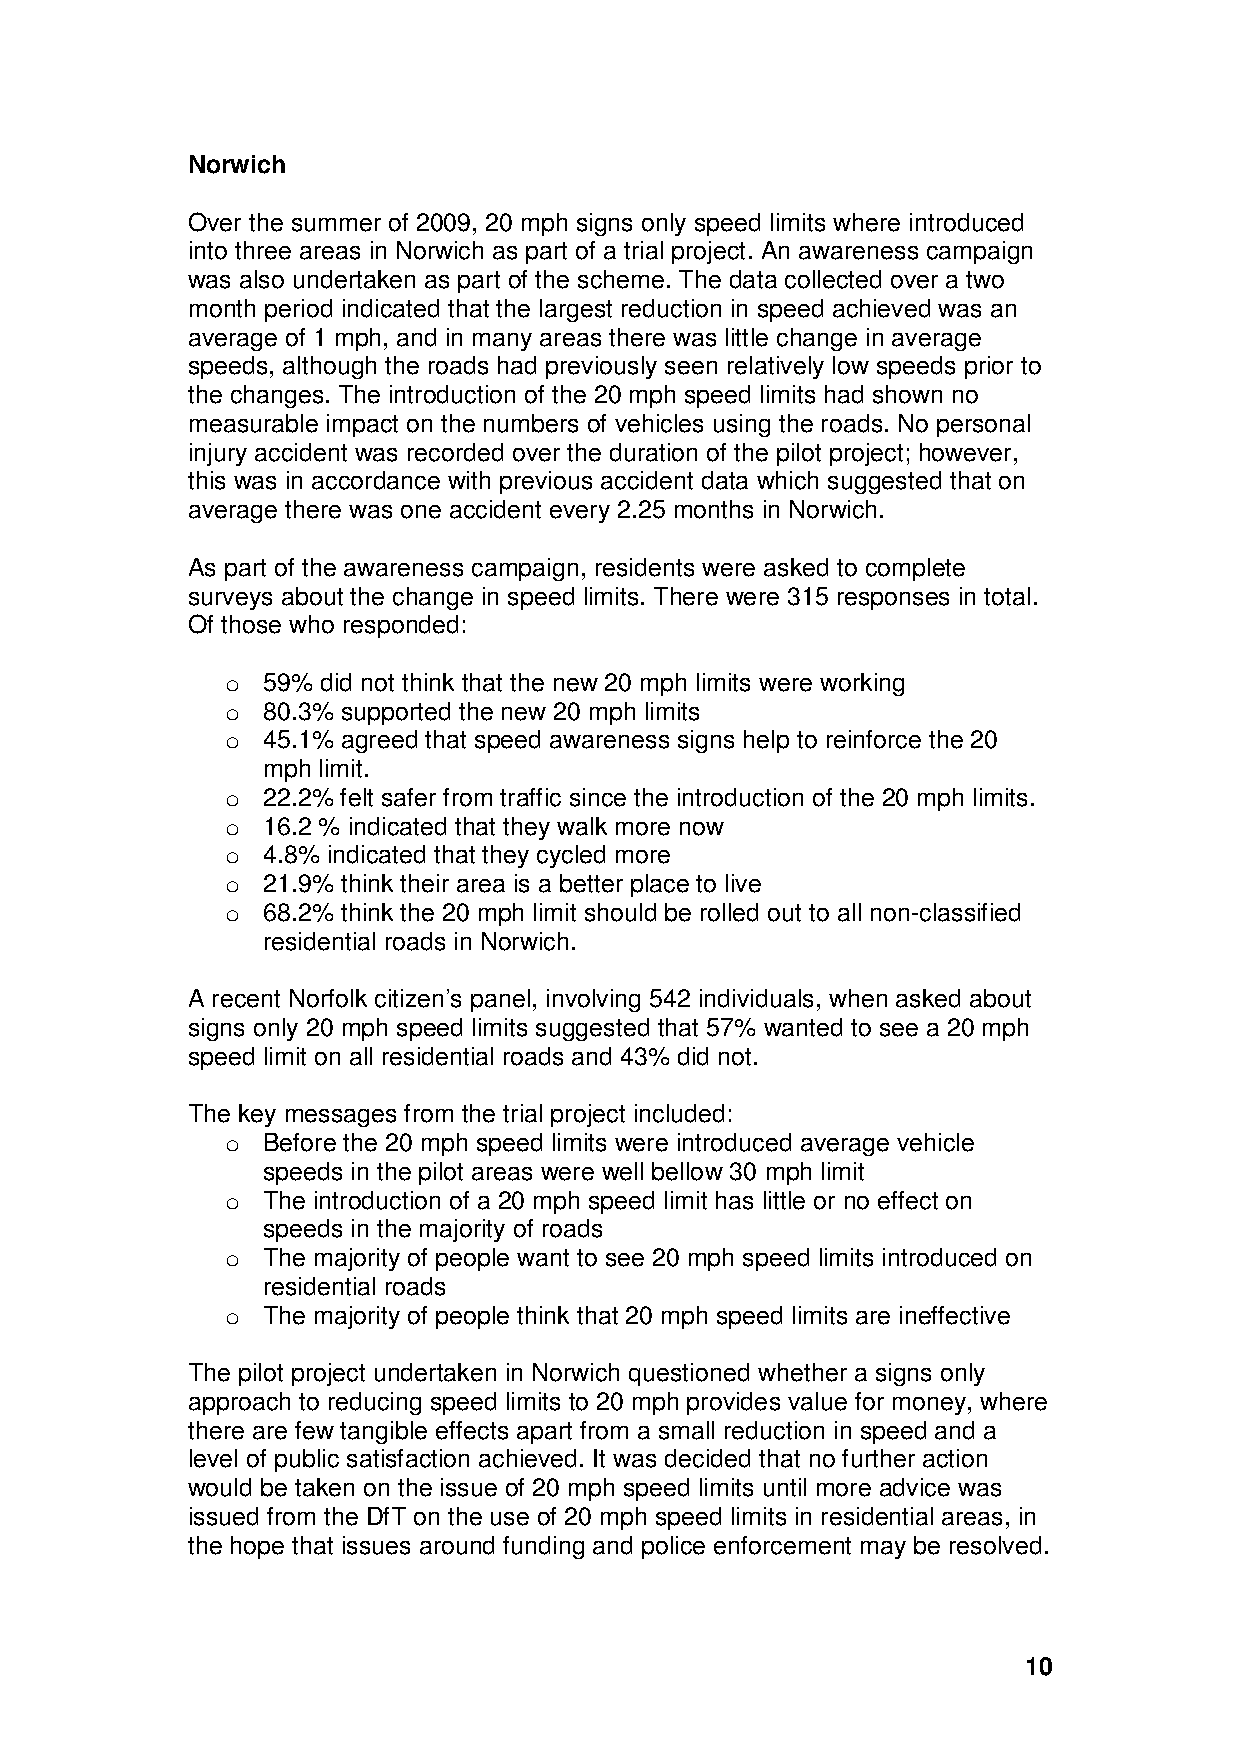
Norwich
 Over the summer of 2009, 20 mph signs only speed limits where introduced
 into three areas in Norwich as part of a trial project. An awareness campaign
 was also undertaken as part of the scheme. The data collected over a two
 month period indicated that the largest reduction in speed achieved was an
 average of 1 mph, and in many areas there was little change in average
 speeds, although the roads had previously seen relatively low speeds prior to
 the changes. The introduction of the 20 mph speed limits had shown no
 measurable impact on the numbers of vehicles using the roads. No personal
 injury accident was recorded over the duration of the pilot project; however,
 this was in accordance with previous accident data which suggested that on
 average there was one accident every 2.25 months in Norwich.
 As part of the awareness campaign, residents were asked to complete
 surveys about the change in speed limits. There were 315 responses in total.
 Of those who responded:
 o 59% did not think that the new 20 mph limits were working
 o 80.3% supported the new 20 mph limits
 o 45.1% agreed that speed awareness signs help to reinforce the 20
 mph limit.
 o 22.2% felt safer from traffic since the introduction of the 20 mph limits.
 o 16.2 % indicated that they walk more now
 o 4.8% indicated that they cycled more
 o 21.9% think their area is a better place to live
 o 68.2% think the 20 mph limit should be rolled out to all non-classified
 residential roads in Norwich.
 A recent Norfolk citizen’s panel, involving 542 individuals, when asked about
 signs only 20 mph speed limits suggested that 57% wanted to see a 20 mph
 speed limit on all residential roads and 43% did not.
 The key messages from the trial project included:
 o Before the 20 mph speed limits were introduced average vehicle
 speeds in the pilot areas were well bellow 30 mph limit
 o The introduction of a 20 mph speed limit has little or no effect on
 speeds in the majority of roads
 o The majority of people want to see 20 mph speed limits introduced on
 residential roads
 o The majority of people think that 20 mph speed limits are ineffective
 The pilot project undertaken in Norwich questioned whether a signs only
 approach to reducing speed limits to 20 mph provides value for money, where
 there are few tangible effects apart from a small reduction in speed and a
 level of public satisfaction achieved. It was decided that no further action
 would be taken on the issue of 20 mph speed limits until more advice was
 issued from the DfT on the use of 20 mph speed limits in residential areas, in
 the hope that issues around funding and police enforcement may be resolved.
 10